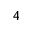
_ { 4 }